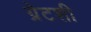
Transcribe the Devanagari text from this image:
ग्रेटशी